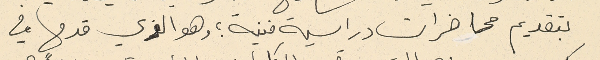
بتقديم محاضرات دراسية فنية ؛ وهو الذي قدمها في